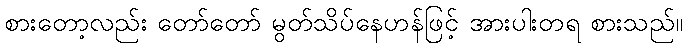
စားတော့လည်း တော်တော် မွတ်သိပ်နေဟန်ဖြင့် အားပါးတရ စားသည်။